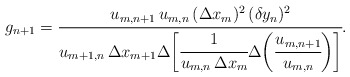
\begin{align*}g_{n+1}=\cfrac{u_{m,n+1}\, u_{m,n}\, (\Delta x_m)^2\, (\delta y_n)^2}{u_{m+1,n}\, \Delta x_{m+1} \Delta\bigg[ \cfrac{1}{u_{m,n}\, \Delta x_m} \Delta\bigg(\cfrac{u_{m,n+1}}{u_{m,n}}\bigg)\bigg]}.\end{align*}